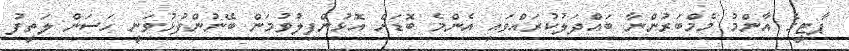
ޕާޓީގެ އާންމު މެމްބަރުންނާ ބައްދަލުކުރައްވައި އެންމެ ބޮަޑަށް އޮޅުންފިލުވުމަން ބޭނުންފުޅުވަނީ ހަސަން ލަތީފު